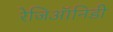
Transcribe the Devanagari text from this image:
रेजिऑनिडी